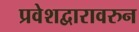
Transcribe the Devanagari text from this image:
प्रवेशद्वारावरुन